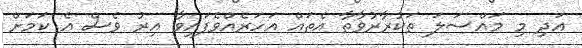
އަދި މި މައްސަލަ ތަކުރާރުވާތާ އެތައް އަހަރެއްވެފައިވާ އިރު ވެސް އެ ކަމަށް